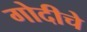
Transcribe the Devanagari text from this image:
गोदीचे